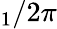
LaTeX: _1/2\pi